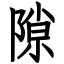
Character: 隙